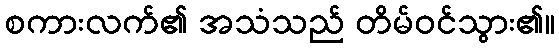
စကားလက်၏ အသံသည် တိမ်ဝင်သွား၏။